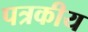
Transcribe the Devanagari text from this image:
पत्रकीय